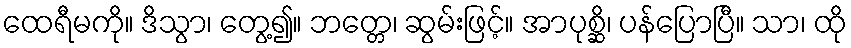
ထေရီမကို။ ဒိသွာ၊ တွေ့၍။ ဘတ္တေ၊ ဆွမ်းဖြင့်။ အာပုစ္ဆိ၊ ပန်ပြောပြီ။ သာ၊ ထို